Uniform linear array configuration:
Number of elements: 24
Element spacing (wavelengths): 0.25
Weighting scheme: uniform
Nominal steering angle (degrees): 0
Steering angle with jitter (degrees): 1.509
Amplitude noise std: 0.05
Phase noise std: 0.05

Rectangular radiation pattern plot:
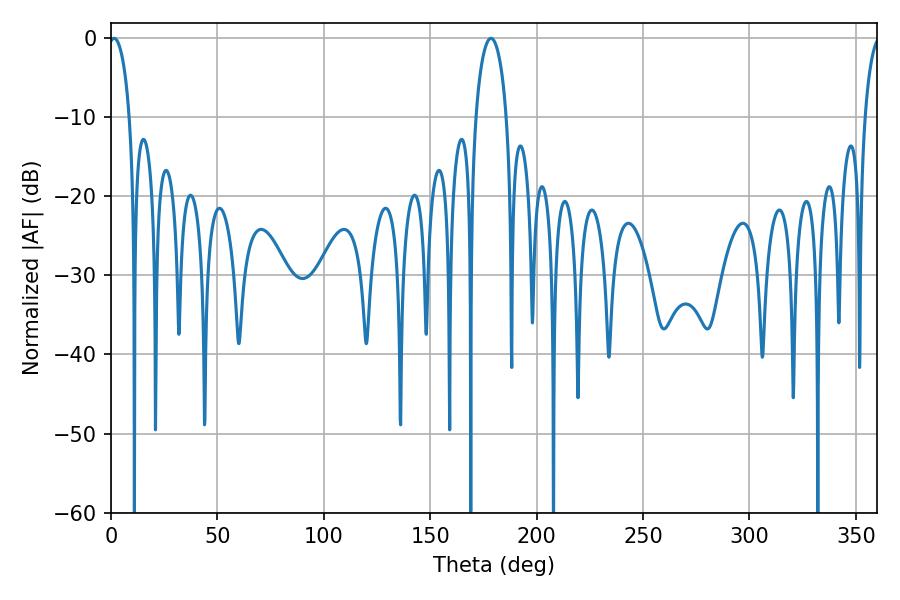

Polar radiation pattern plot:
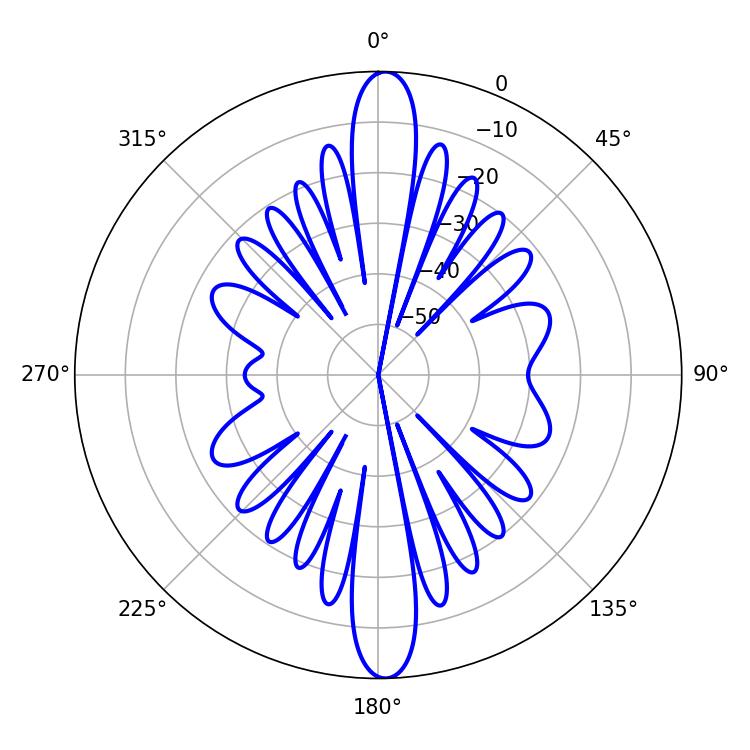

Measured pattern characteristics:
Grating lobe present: FALSE
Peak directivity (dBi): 22.919
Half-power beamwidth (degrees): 5.58
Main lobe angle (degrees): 1.44